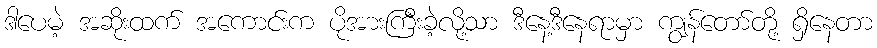
ဒါပေမဲ့ အဆိုးထက် အကောင်းက ပိုအားကြီးခဲ့လို့သာ ဒီနေ့ဒီနေရာမှာ ကျွန်တော်တို့ ရှိနေတာ